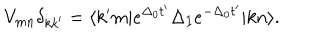
LaTeX: V _ { m n } \delta _ { k k ^ { \prime } } = \langle k ^ { \prime } m | e ^ { \Delta _ { 0 } t ^ { \prime } } \Delta _ { I } e ^ { - \Delta _ { 0 } t ^ { \prime } } | k n \rangle .